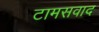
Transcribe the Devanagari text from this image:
टामसवाद